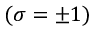
( \sigma = \pm 1 )